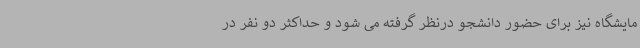
مایشگاه نیز برای حضور دانشجو درنظر گرفته می شود و حداکثر دو نفر در